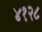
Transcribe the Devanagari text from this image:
४१२८